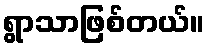
ရွာသာဖြစ်တယ်။